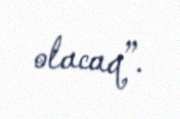
olacaq”.